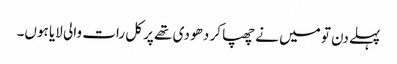
پہلے دن تو میں نے چھپا کر دھو دی تھے پر کل رات والی لایا ہوں۔